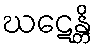
ဃဋေန္တိ